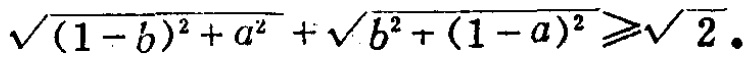
\(\sqrt{(1 - b)^{2}+a^{2}}+\sqrt{b^{2}+(1 - a)^{2}}\geqslant\sqrt{2}\)